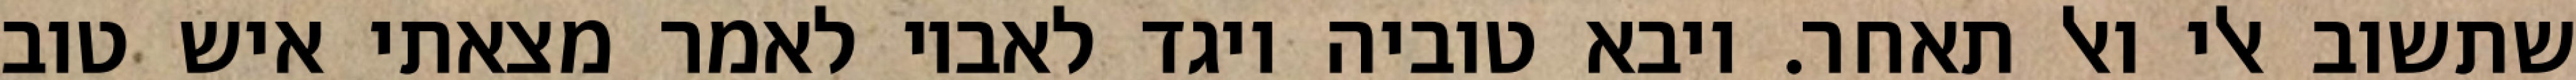
שתשוב אלי ואל תאחר. ויבא טוביה ויגד לאביו לאמר מצאתי איש טוב